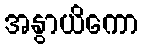
အနွာယိကော